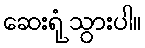
ဆေးရုံ သွားပါ။